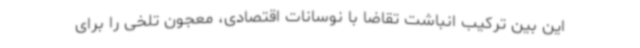
این بین ترکیب انباشت تقاضا با نوسانات اقتصادی، معجون تلخی را برای